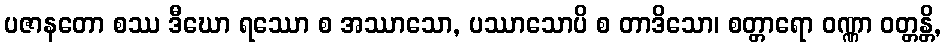
ပဇာနတော စဿ ဒီဃော ရဿော စ အဿာသော, ပဿာသောပိ စ တာဒိသော၊ စတ္တာရော ဝဏ္ဏာ ဝတ္တန္တိ,